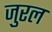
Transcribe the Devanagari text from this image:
जुरल